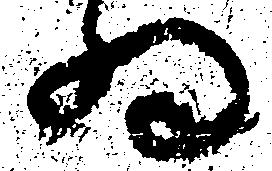
為